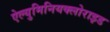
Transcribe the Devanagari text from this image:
ऐल्युमिनियक्लोराइड